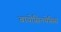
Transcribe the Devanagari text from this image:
बायोसिनथेसिस